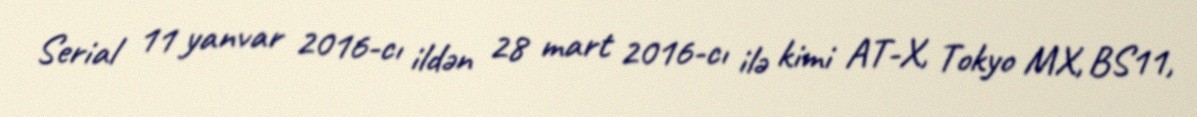
Serial 11 yanvar 2016-cı ildən 28 mart 2016-cı ilə kimi AT-X, Tokyo MX, BS11,